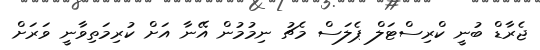
ޖެރާޑް ބުނީ ކްރިސްޓަލް ޕެލަސް މެޗު ނިމުމުން އޭނާ އަށް ކުރިމަތިވާނީ ވަރަށް